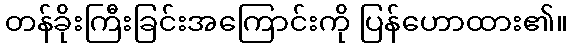
တန်ခိုးကြီးခြင်းအကြောင်းကို ပြန်ဟောထား၏။